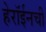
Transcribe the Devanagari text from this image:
हेरॉईनची